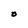
Character: O